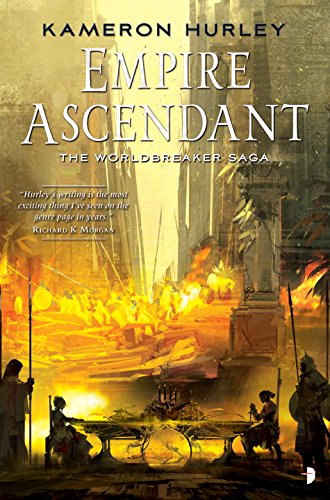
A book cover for Empire Ascendant: Worldbreaker Saga #2 (The Worldbreaker Saga); Kameron Hurley; Science Fiction & Fantasy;